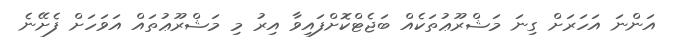
އަންނަ އަހަރަށް ގިނަ މަޝްރޫޢުތަކެއް ބަޖެޓްކޮށްފައިވާ އިރު މި މަޝްރޫޢުތައް އަވަހަށް ފެށޭނެ